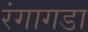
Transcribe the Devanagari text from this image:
रंगागडा